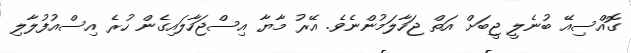
ގޮއްސިއޭ ބުނެލީ ޖީބަށް އަތް ޖަހާލަމުންނެވެ. އޭރު މާޔާ އިސްޖަހާލައިގެން ހުރެ އިސްއުފުލާލި